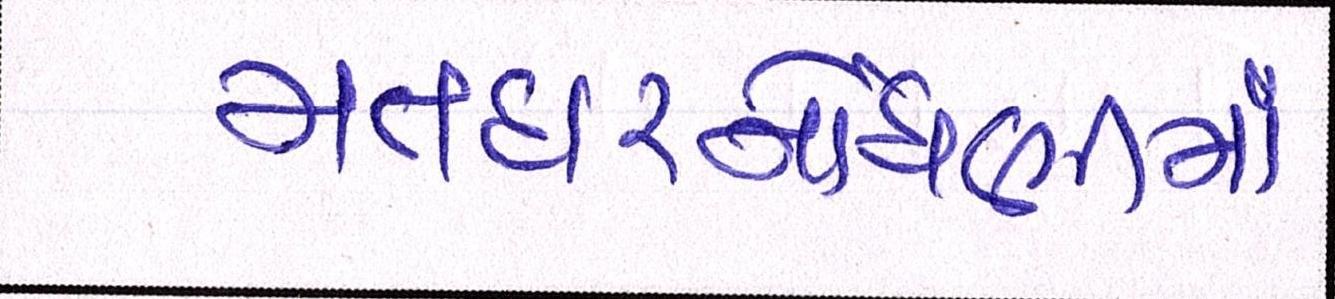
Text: મતદારનોંધણીમાં